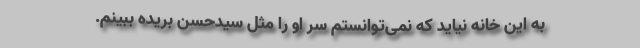
به این خانه نیاید که نمی‌توانستم سر او را مثل سیدحسن بریده ببینم.